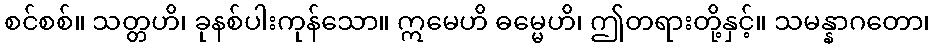
စင်စစ်။ သတ္တဟိ၊ ခုနစ်ပါးကုန်သော။ ဣမေဟိ ဓမ္မေဟိ၊ ဤတရားတို့နှင့်။ သမန္နာဂတော၊